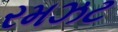
રમઝટ